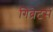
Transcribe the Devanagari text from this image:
गिब्रेटर्स